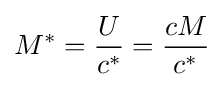
M^{*}={\frac {U}{c^{*}}}={\frac {cM}{c^{*}}}